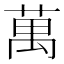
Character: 萬